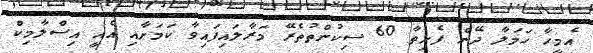
އެމީހާ ހަމަލާ ދޭން ފެށިތާ 60 ސިކުންތުތެރޭ މަރާލައިފައިވާ ކަމަށާއި އެއީ އިސްލާމިކް